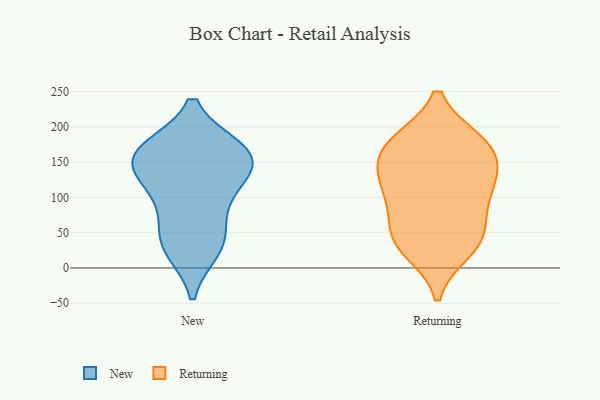
{"axis": {"x": "Gross Profit (USD K)", "y": "Value"}, "legend": ["New", "Returning"], "data": [{"x": "", "y": 167, "type": "New"}, {"x": "", "y": 77, "type": "New"}, {"x": "", "y": 27, "type": "New"}, {"x": "", "y": 119, "type": "New"}, {"x": "", "y": 166, "type": "New"}, {"x": "", "y": 43, "type": "New"}, {"x": "", "y": 151, "type": "New"}, {"x": "", "y": 162, "type": "New"}, {"x": "", "y": 31, "type": "New"}, {"x": "", "y": 139, "type": "New"}, {"x": "", "y": 168, "type": "New"}, {"x": "", "y": 113, "type": "New"}, {"x": "", "y": 128, "type": "Returning"}, {"x": "", "y": 26, "type": "Returning"}, {"x": "", "y": 47, "type": "Returning"}, {"x": "", "y": 140, "type": "Returning"}, {"x": "", "y": 118, "type": "Returning"}, {"x": "", "y": 100, "type": "Returning"}, {"x": "", "y": 178, "type": "Returning"}, {"x": "", "y": 163, "type": "Returning"}, {"x": "", "y": 178, "type": "Returning"}, {"x": "", "y": 39, "type": "Returning"}, {"x": "", "y": 43, "type": "Returning"}, {"x": "", "y": 176, "type": "Returning"}, {"x": "", "y": 91, "type": "Returning"}]}